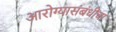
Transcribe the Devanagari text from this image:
आरोग्यासंबंधीचा